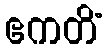
ဧကတိံ